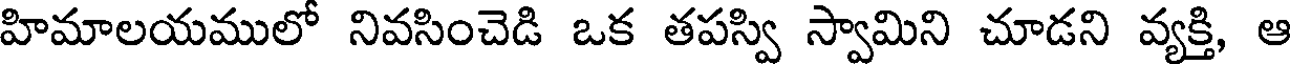
హిమాలయములో నివసించెడి ఒక తపస్వి స్వామిని చూడని వ్యక్తి, ఆ